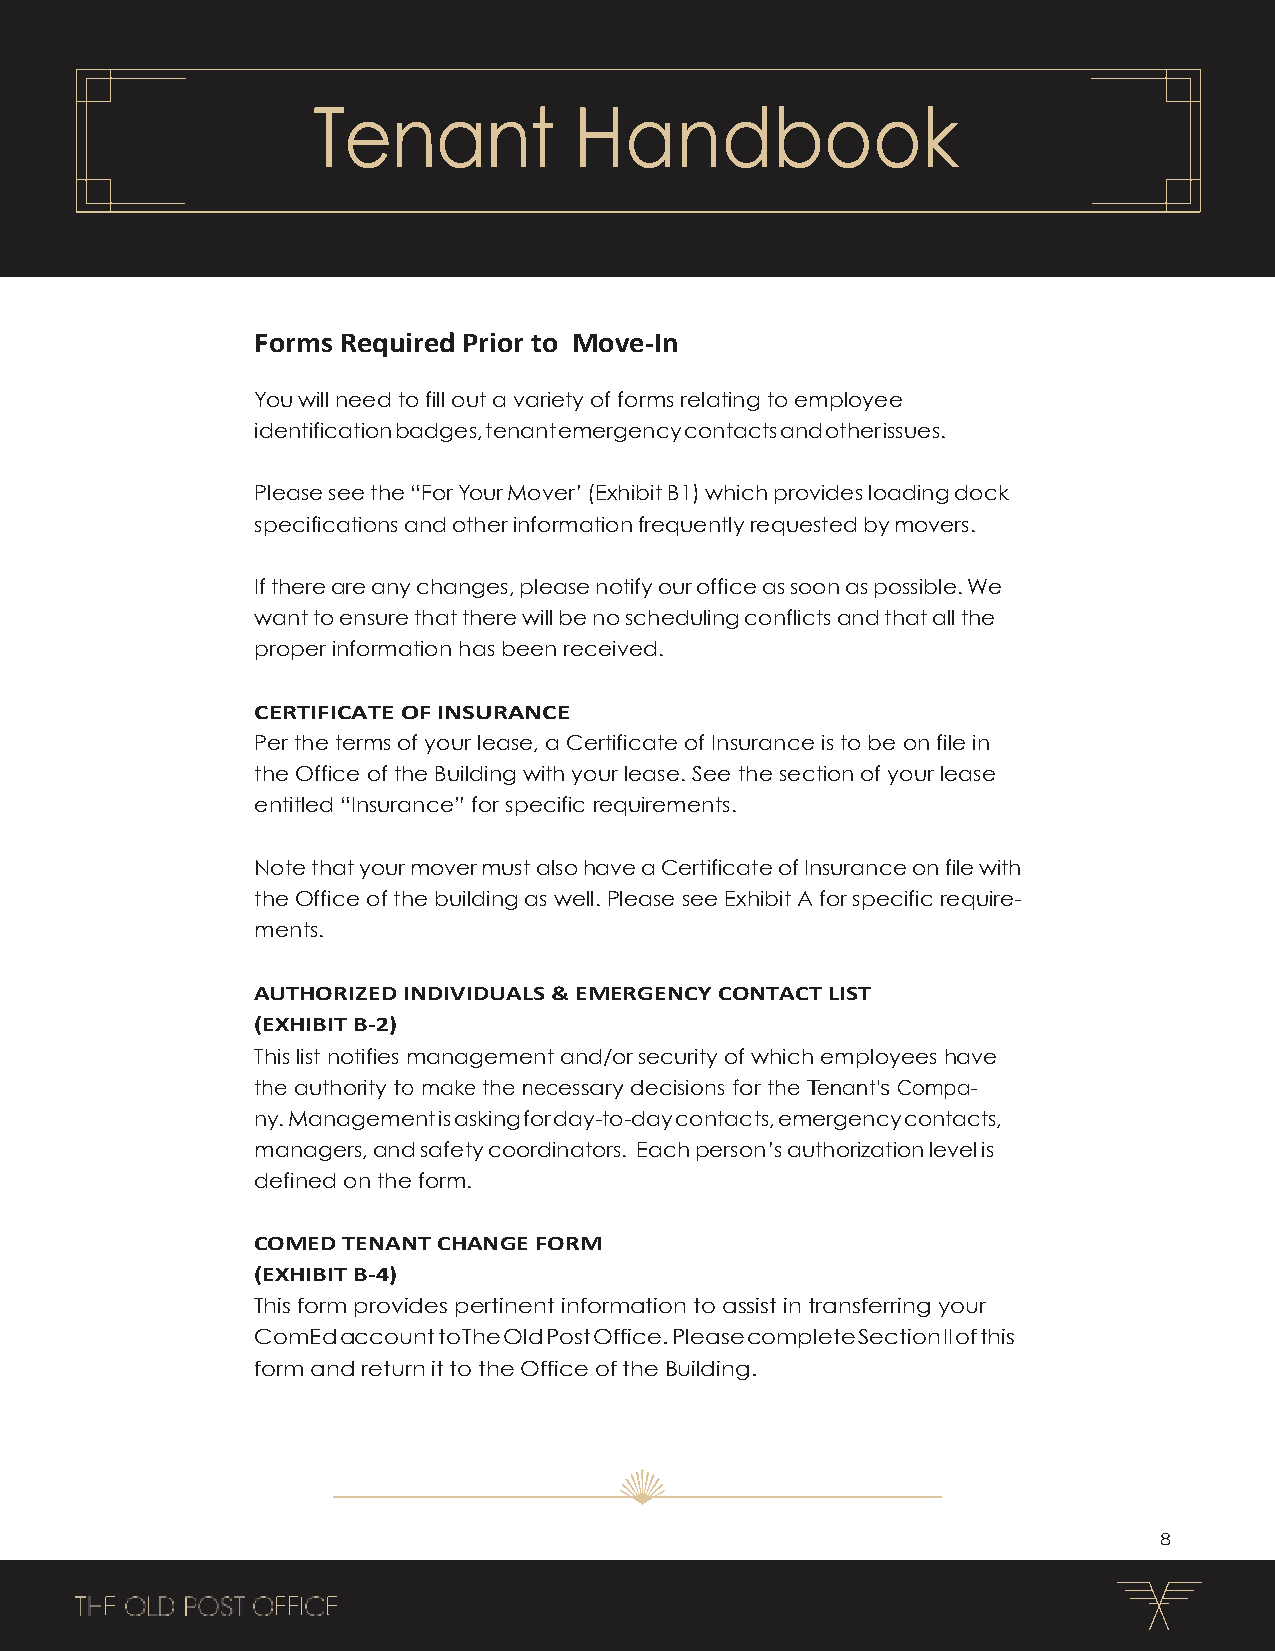
Tenant           Handbook
 Forms Required Prior to Move-In
 You will need to fill out a variety of forms relating to employee
 identification badges, tenant emergency contacts and other issues.
 Please see the “For Your Mover’ (Exhibit B1) which provides loading dock
 specifications and other information frequently requested by movers.
 If there are any changes, please notify our office as soon as possible. We
 want to ensure that there will be no scheduling conflicts and that all the
 proper information has been received.
 CERTIFICATE OF INSURANCE
 Per the terms of your lease, a Certificate of Insurance is to be on file in
 the Office of the Building with your lease. See the section of your lease
 entitled “Insurance” for specific requirements.
 Note that your mover must also have a Certificate of Insurance on file with
 the Office of the building as well. Please see Exhibit A for specific require-
 ments.
 AUTHORIZED INDIVIDUALS & EMERGENCY CONTACT LIST
 (EXHIBIT B-2)
 This list notifies management and/or security of which employees have
 the authority to make the necessary decisions for the Tenant’s Compa-
 ny. Management is asking for day-to-day contacts, emergency contacts,
 managers, and safety coordinators. Each person’s authorization level is
 defined on the form.
 COMED TENANT CHANGE FORM
 (EXHIBIT B-4)
 This form provides pertinent information to assist in transferring your
 ComEd account to The Old Post Office. Please complete Section II of this
 form and return it to the Office of the Building.
 8